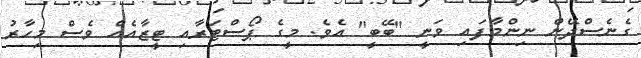
ގެނެސްދޭން ނިންމާފައި ވަނީ "ބޭބީ" އެވެ. މީގެ ޕޯސްޓަރާއި ޓީޒާއެއް ވެސް މިހާރު